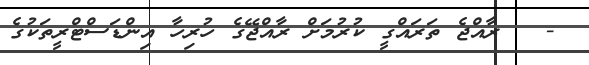
-   ރާއްޖެ ތަރައްގީ ކުރުމަށް ރާއްޖޭގެ ހުރިހާ އިންޑަސްޓްރީތަކުގެ